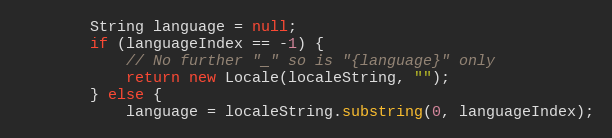
Language: Java
        String language = null;
        if (languageIndex == -1) {
            // No further "_" so is "{language}" only
            return new Locale(localeString, "");
        } else {
            language = localeString.substring(0, languageIndex);